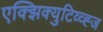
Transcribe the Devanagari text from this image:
एक्झिक्युटिव्व्ह्ज